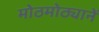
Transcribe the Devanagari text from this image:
मोठमोठ्यानें